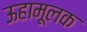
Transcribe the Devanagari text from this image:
ऊहामूलक